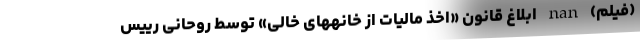
(فیلم) nan ابلاغ قانون «اخذ مالیات از خانههای خالی» توسط روحانی رییس